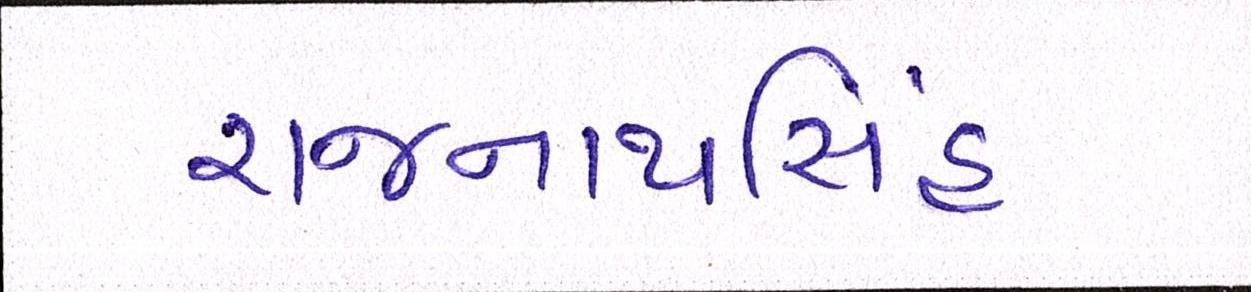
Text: રાજનાથસિંહ